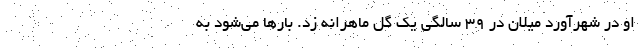
او در شهرآورد میلان در 39 سالگی یک گل ماهرانه زد. بارها می‌شود به